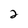
Character: 2